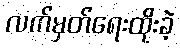
လက်မှတ်ရေးထိုးခဲ့